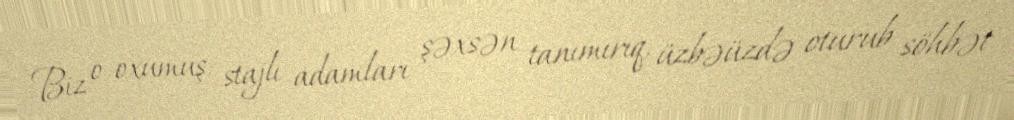
Biz o oxumuş, stajlı adamları şəxsən tanımırıq, üzbəüzdə oturub söhbət